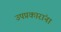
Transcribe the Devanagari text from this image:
उपप्रकारांना